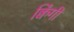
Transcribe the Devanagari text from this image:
क्विंगी